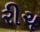
રીચ